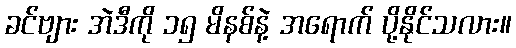
ခင်ဗျား အဲဒီကို ၁၅ မိနစ်နဲ့ အရောက် ပို့နိုင်သလား။